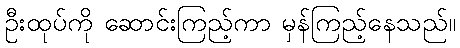
ဦးထုပ်ကို ဆောင်းကြည့်ကာ မှန်ကြည့်နေသည်။